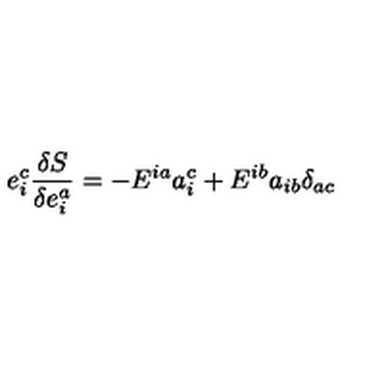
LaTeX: e _ { i } ^ { c } \frac { \delta S } { \delta e _ { i } ^ { a } } = - E ^ { i a } a _ { i } ^ { c } + E ^ { i b } a _ { i b } \delta _ { a c }